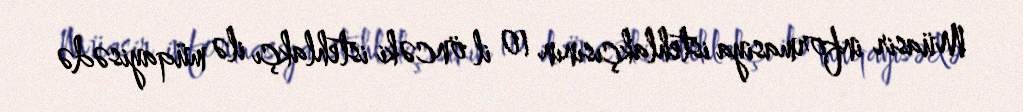
Müasir informasiya istehlakçısının 10 il öncəki istehlakçı ilə müqayisədə